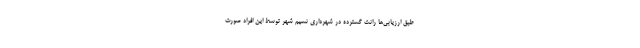
طبق ارزیابی‌ها رانت گسترده در شهرداری نسیم شهر توسط این افراد صورت